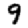
Digit: 9